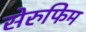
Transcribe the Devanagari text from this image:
सेरुफिम